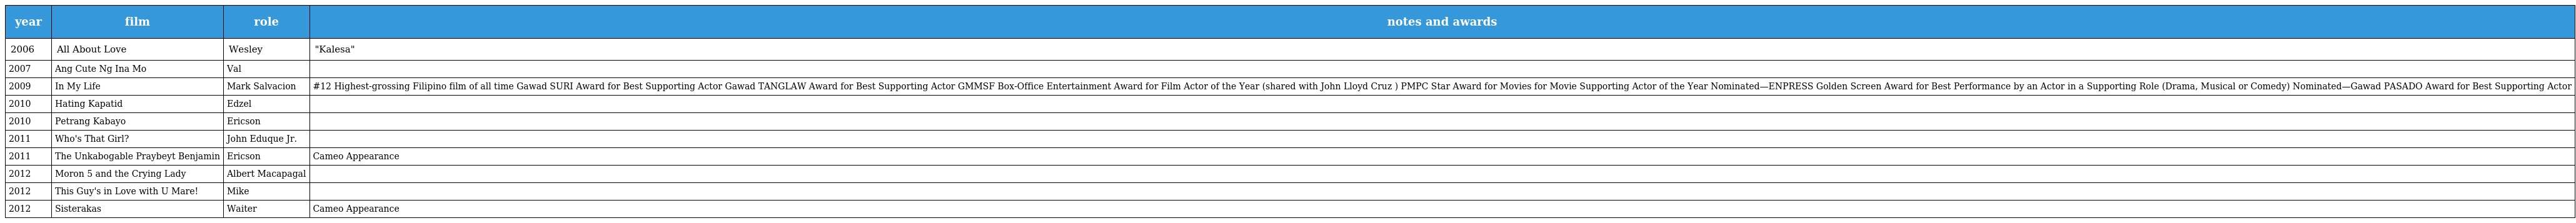
| year | film | role | notes and awards |
 | --- | --- | --- | --- |
 | 2006 | All About Love | Wesley | "Kalesa" |
 | 2007 | Ang Cute Ng Ina Mo | Val |  |
 | 2009 | In My Life | Mark Salvacion | #12 Highest-grossing Filipino film of all time Gawad SURI Award for Best Supporting Actor Gawad TANGLAW Award for Best Supporting Actor GMMSF Box-Office Entertainment Award for Film Actor of the Year (shared with John Lloyd Cruz ) PMPC Star Award for Movies for Movie Supporting Actor of the Year Nominated—ENPRESS Golden Screen Award for Best Performance by an Actor in a Supporting Role (Drama, Musical or Comedy) Nominated—Gawad PASADO Award for Best Supporting Actor |
 | 2010 | Hating Kapatid | Edzel |  |
 | 2010 | Petrang Kabayo | Ericson |  |
 | 2011 | Who's That Girl? | John Eduque Jr. |  |
 | 2011 | The Unkabogable Praybeyt Benjamin | Ericson | Cameo Appearance |
 | 2012 | Moron 5 and the Crying Lady | Albert Macapagal |  |
 | 2012 | This Guy's in Love with U Mare! | Mike |  |
 | 2012 | Sisterakas | Waiter | Cameo Appearance |